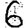
Digit: 6